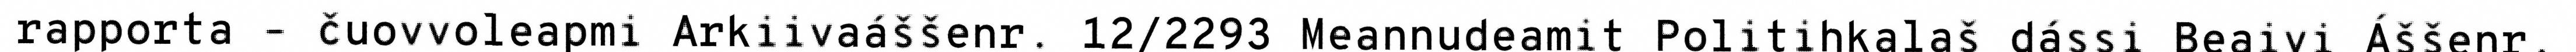
rapporta – čuovvoleapmi Arkiivaáššenr. 12/2293 Meannudeamit Politihkalaš dássi Beaivi Áššenr.